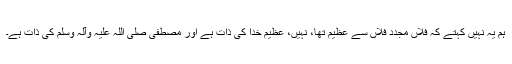
ہم یہ نہیں کہتے کہ فلاں مجدد فلاں سے عظیم تھا، نہیں، عظیم خدا کی ذات ہے اور مصطفی صلی اللہ علیہ وآلہ وسلم کی ذات ہے۔